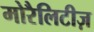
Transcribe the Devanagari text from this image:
मोरैलिटीज़